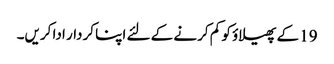
19 کے پھیلاؤ کو کم کرنے کے لئے اپنا کردار ادا کریں۔